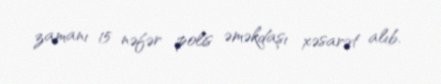
zamanı 15 nəfər polis əməkdaşı xəsarət alıb.